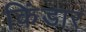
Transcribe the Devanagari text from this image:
किंडार